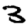
Digit: 3